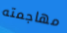
مهاجمته